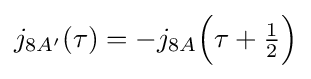
j_{8A'}(\tau )=-j_{8A}{\Big (}\tau +{\tfrac {1}{2}}{\Big )}